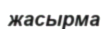
жасырма